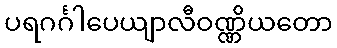
ပရဂင်္ဂါပေယျာလီဝဏ္ဏိယတော